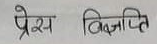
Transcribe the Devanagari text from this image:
प्रेस विज्ञप्ति